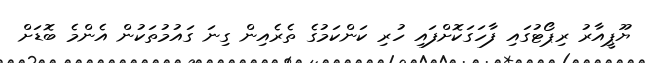
ޔޫޕީއާރު ރިޕޯޓުގައި ފާހަގަކޮށްފައި ހުރި ކަންކަމުގެ ތެރެއިން ގިނަ ގައުމުތަކުން އެންމެ ބޮޑަށް